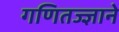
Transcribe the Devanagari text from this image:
गणितज्ज्ञाने